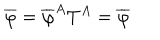
\overline { { { \varphi } } } = \overline { { { \varphi } } } ^ { A } T ^ { A } = \overline { { { \varphi } } }